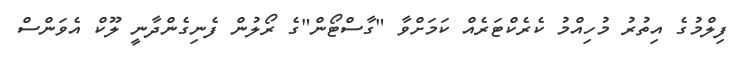
ފިލްމުގެ އިތުރު މުުހިއްމު ކެރެކްޓަރެއް ކަމަށްވާ "ގާސްޓޯން"ގެ ރޯލުން ފެނިގެންދާނީ ލޫކް އެވަންސް